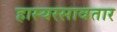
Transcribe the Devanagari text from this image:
हास्यरसावतार